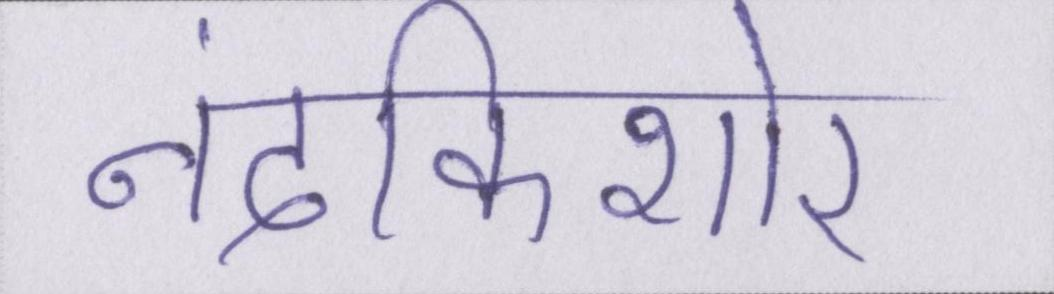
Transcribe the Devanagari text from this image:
नंदकिशोर